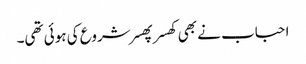
احباب نے بھی کھسر پھسر شروع کی ہوئی تھی۔